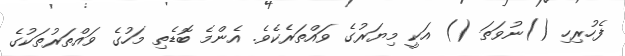
ފެހުރިހި ()ނުވަތަ () އަކީ މިޔަރުގެ ވައްތަރެކެވެ. އެންމެ ބޮޑެތި މަހުގެ ވައްތަރުތަކުގެ